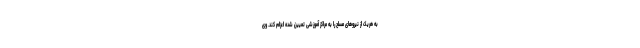
به هریک از نیروهای مسلح را به مراکز آموزشی تعیین شده اعزام کند. وی